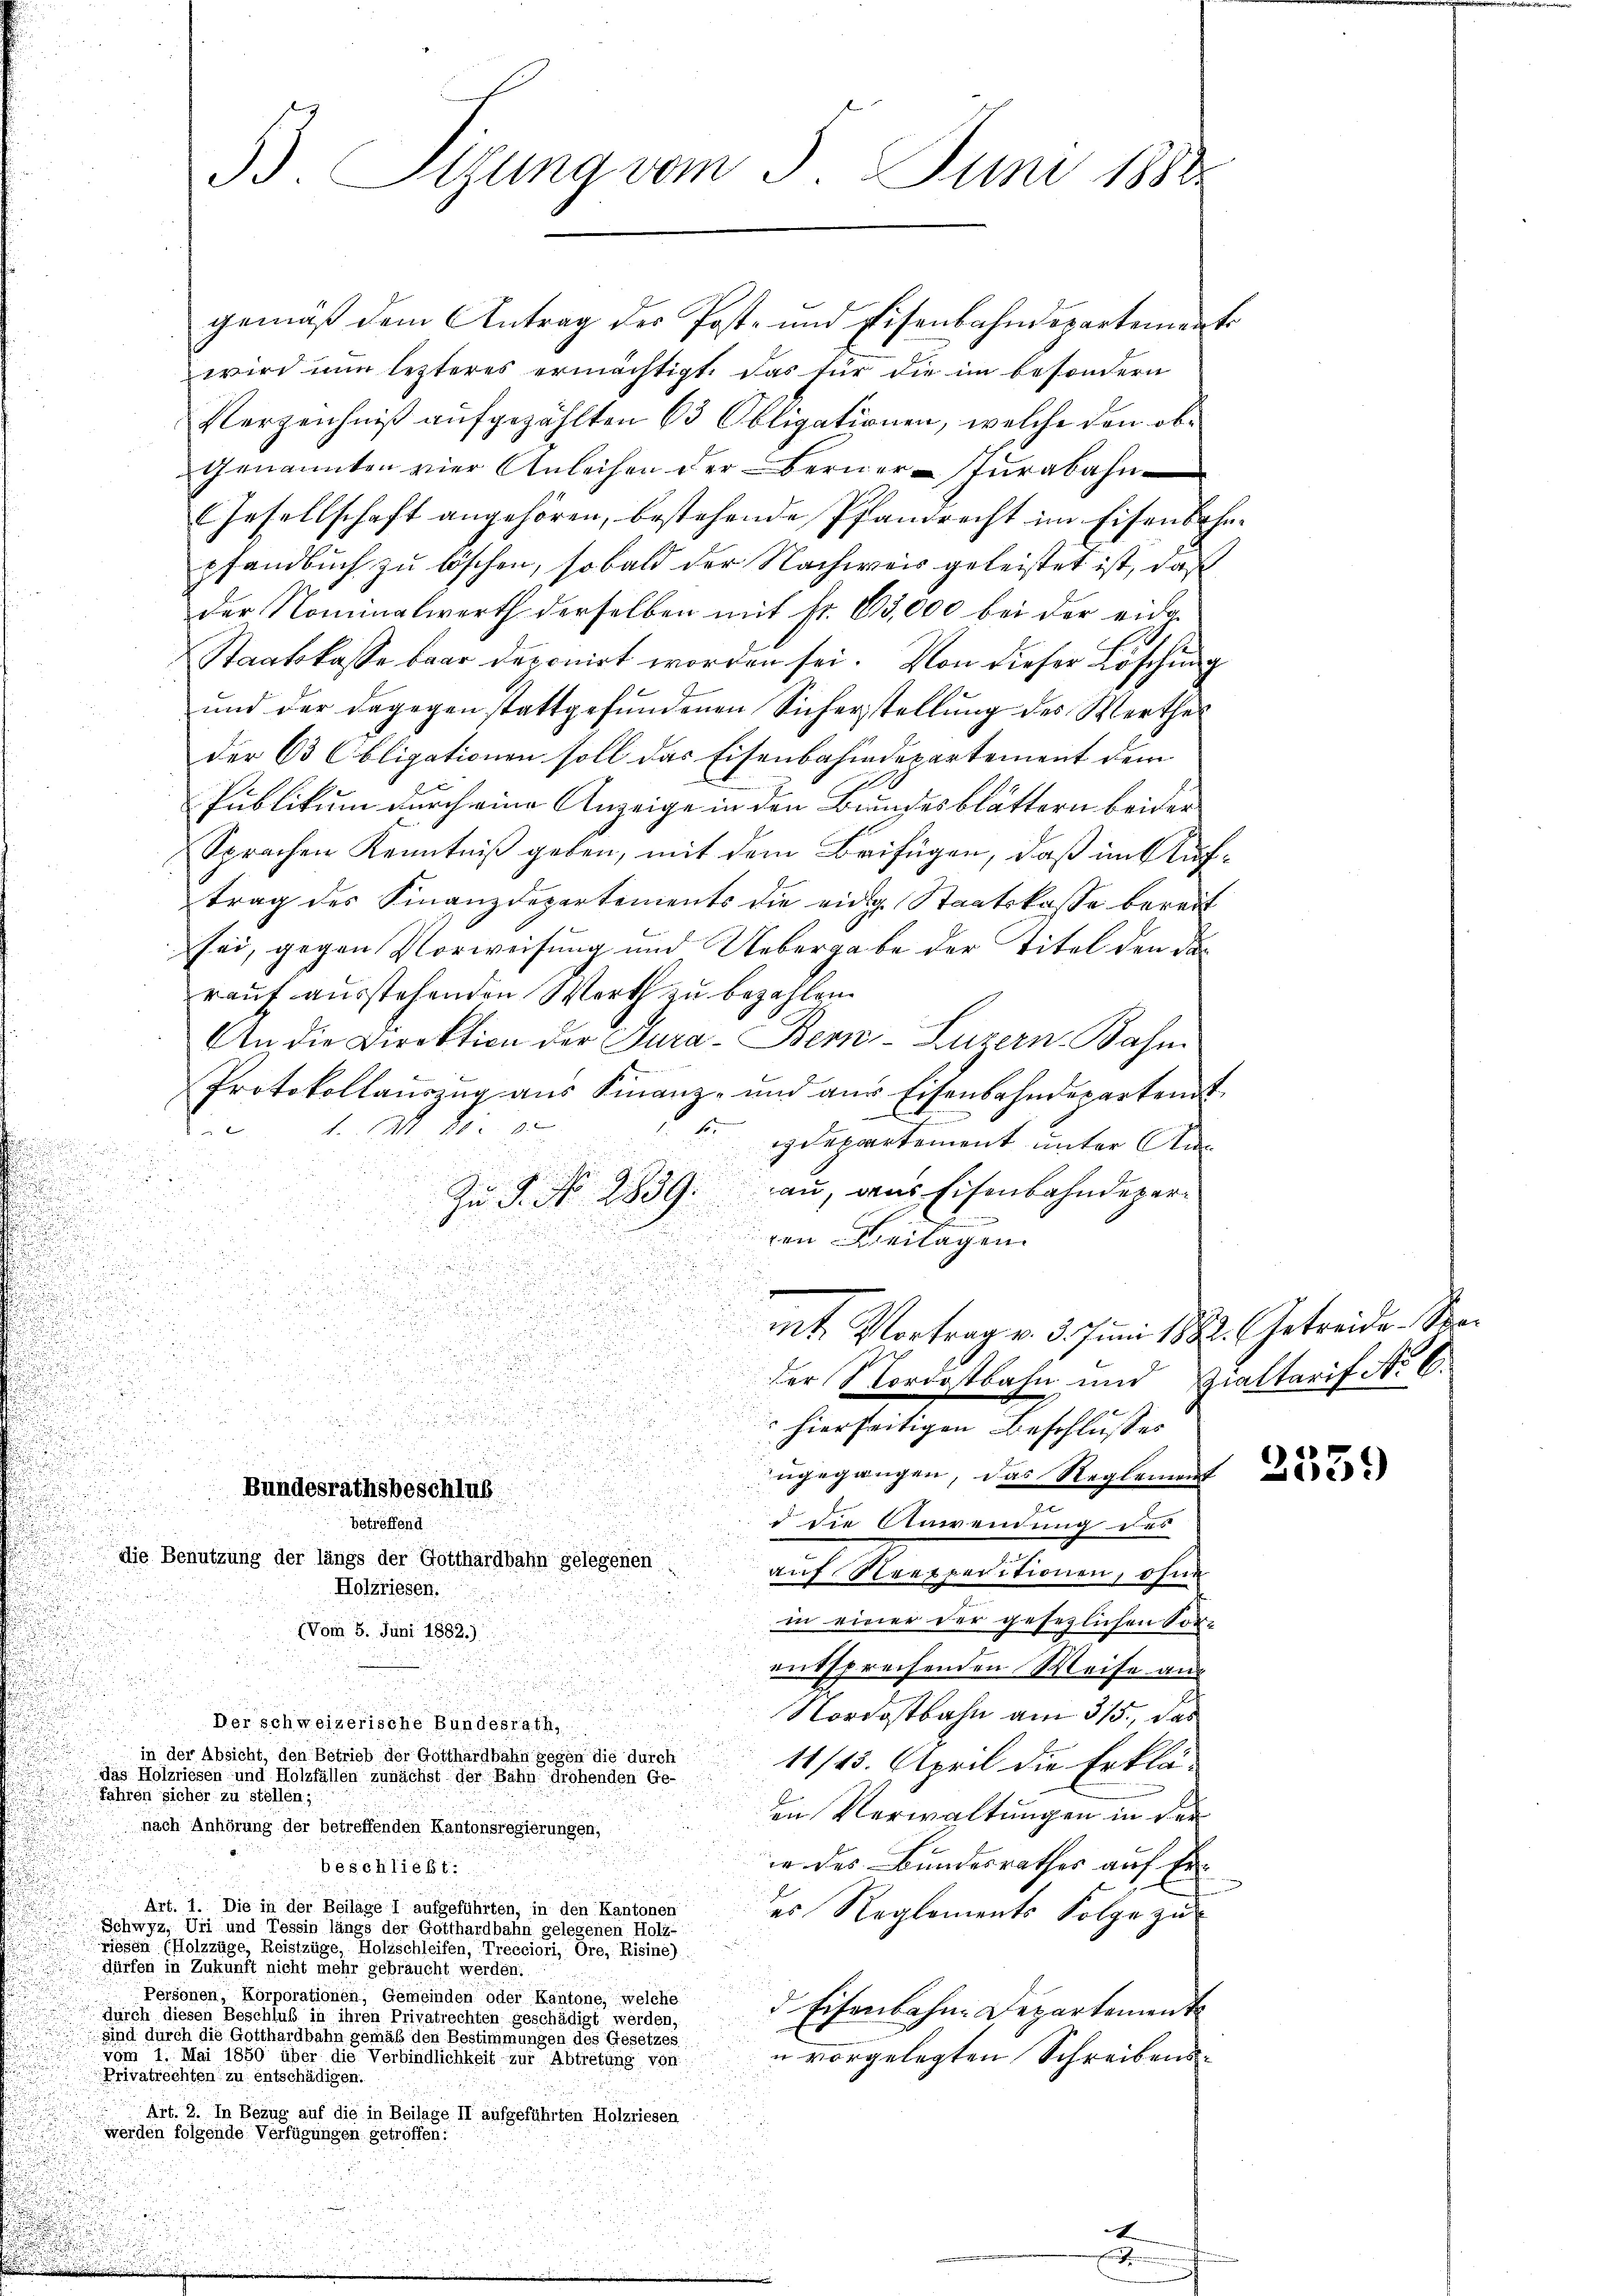
B. Sitzung vom 3. Juni 1882

gemäß dem Antrag des Post- und Eisenbahndepartemente
wird nun lezteres ermächtigt, das für die im besondern
Verzeichniß aufgezählten 63 Obligationen, welche den ob¬
Genannten vier Anleihen der Berner-Tŭrabahn
GGesellschaft angehören, bestehende Pfandrecht im Eisenbahnpfandbuch zu löschen, so bald der Nachweis geleistet ist, daß
der Nominalwerth derselben mit Nr. 65,000 bei der eide¬
Staatskasse baar deponirt worden sei. Von dieser Löschung
und der dagegenstattgefundenen Sicherstellung des Werthes
der 63 Obligationen soll das Eisenbahndepartement dem
Publikum durch eine Anzeige in den Bundesblättern beider
Sprachen Kenntniß geben, mit dem Beifügen, daß im Auftrag des Finanzdepartements die einig Staatskasse bereit
sei, gegen Vorweisung und Uebergabe der Titel den de
rauf ausstehenden Werth zu bezahlen.
An die Direktion der Jura-Bern, Luzern Bahn
Protokollauszug aus Finanz- und aus Eisenbahndeparteit
1. M. D.
tdepartement unter An¬
Zu S. No. 2839. an, dans Eisenbahndeparren Beilagen.
u
mt. Vortrag v. 3. Juni 1882. Getreide Stran
der Nordostbahn und Zialtarif No 6.
e

 hierseitigen Beschlusses

u
ugegangen, das Reglement
Bundesrathsbeschlus
d die Anwendung des
betreffend
die Benutzung der längs der Gotthardbahn gelegener
auf Nrexperitionen, ohne
Holzriesen.
in einer der gesezlichen Sort
(Vom 5. Juni 1882.)
entsprechenden Weise aus
Nordostbahn am 315., das
Der schweizerische Bundesrath,
in der Absicht, den Betrieb der Gotthardbahn gegen die durch
11/45. April die Erklädas Holzriesen und Holzfällen zunächst der Bahn drohenden Ge-
Jahren sicher zu stellen;
en Verwaltungen in der
nach Anhörung der betreffenden Kantonsregierungen,
ie des Bundesrathes auf Ein
beschließt.
Art. 1. Die in der Beilage I aufgeführten, in den Kantonen
es Reglements Folge zu
Schwyz, Uri und Tessin längs der Gotthardbahn gelegenen Holz-
sen hölzungen Reistige Beschleien eine
dürfen in Zukunft nicht mehr gebräucht werden.
Personen, Korporationen, Gemeinden oder Kantone, welche
d Eisenbahne Departement
durch diesen Beschluß in ihren Privatrechten geschädigt werden,
sind durch die Gotthardbahn gemäß den Bestimmungen des Gesetzes.
u vorgelegten Schreibensvom 1. Mai 1850 über die Verbindlichkeit zur Abtretung von
Privatrechten zu entschädigen.
Art. 2. In Bezug auf die in Beilage II aufgeführten Holzriesen
werden folgende Verfügungen getroffen: